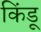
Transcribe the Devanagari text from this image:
किंडू